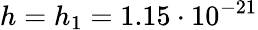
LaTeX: h=h_{1}=1.15\cdot 10^{-21}